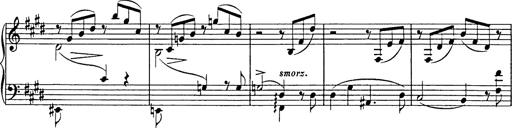
Title: Consolations
Composer: Franz Liszt